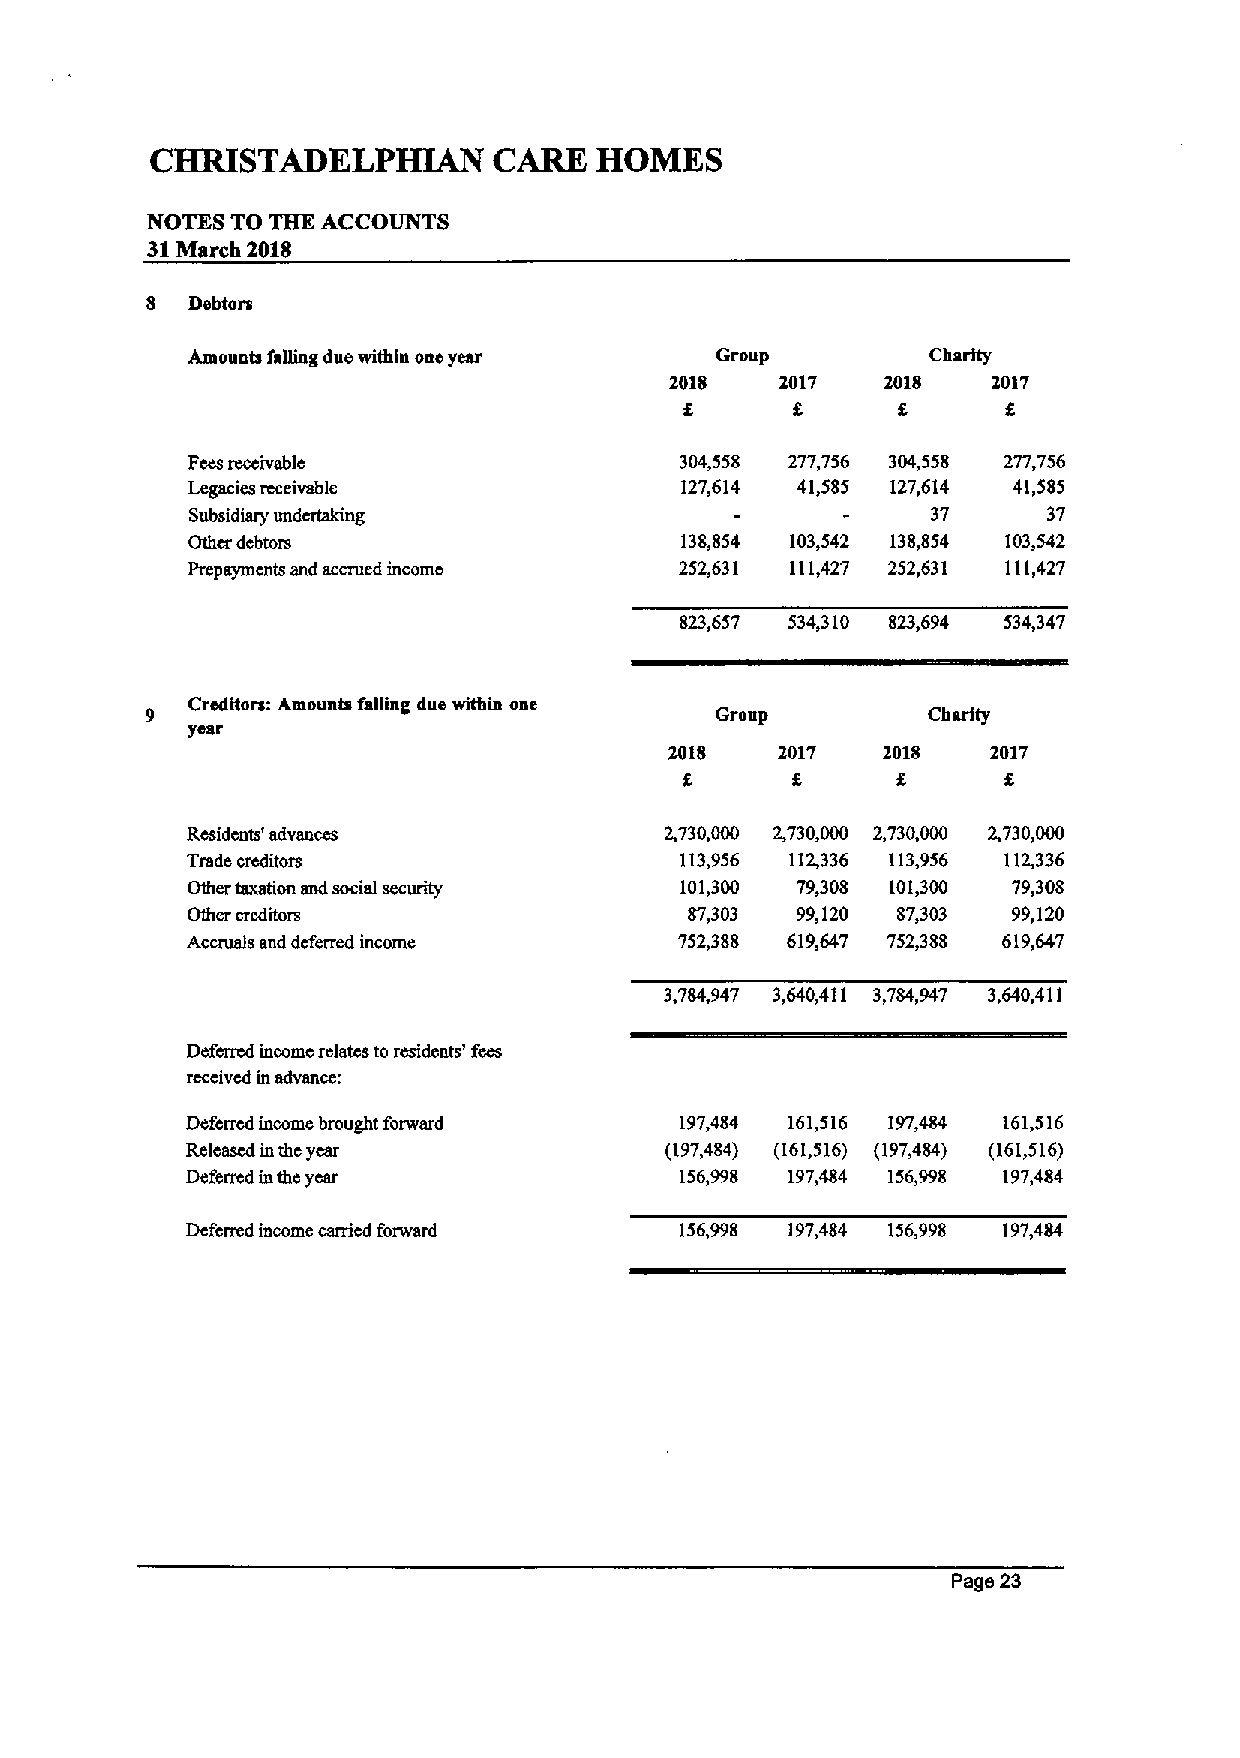
CHRISTADELPHIAN        CARE  HOMES
 NOTES TO THE ACCOUNTS
 31March 2018
 8 Debtors
 Amounts falling due within one year Group         Charity
 2018    2017   2018   2017
 f
 Fees reccivablc                  304,558 277,756 304,558 277,756
 Legacies receivable              127,614 41,585 127,614 41,585
 Subsidiary undertaking                           37     37
 Other debtors                    138,854 103,542 138,854 103,542
 Prepaymcnts and accrued income   252,631 111,427 252,631 111,427
 823,6S7 534,310 823,694 534,347
 Creditors: Amounts falling due within one
 Group         Charity
 year
 2018   2017   2018    2017
 f      f
 Residents' advances             2,730,000 2,730,000 2,730,000 2,730,000
 Trade creditors                  113,956 112,336 113,956 112,336
 Other taxation and social security 101,300 79,308 101,300 79,308
 Other creditors                   87,303 99,120 87,303 99,120
 Accruals and deferred income     752,388 619,647 752,388 619,647
 3,784,947 3,640,411 3,784,947 3,640,411
 Defcrrcd income relates to residents' fees
 rcccivcd in advance:
 Defcrrcd income brought forward  197,484 161,516 197,484 161,516
 Released in thc year            (197,484) (161,516) (197,484) (161,516)
 Deferred inthe year              156,998 197,484 156,998 197,484
 Deferred income carried forward  156,998 197,484 156,998 197,484
 Page 23